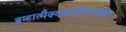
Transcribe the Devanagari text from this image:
ब्रम्हात्मैक्यज्ञानोत्पात्तीत